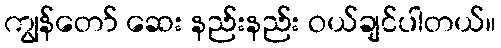
ကျွန်တော် ဆေး နည်းနည်း ဝယ်ချင်ပါတယ်။